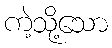
ကဲ့သို့သော